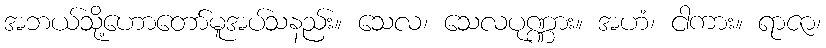
အဘယ်သို့ဟောတော်မူအပ်သနည်း။ သေလ၊ သေလပုဏ္ဏား။ အဟံ၊ ငါကား။ ရာဇာ၊